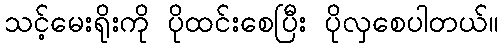
သင့်မေးရိုးကို ပိုထင်းစေပြီး ပိုလှစေပါတယ်။